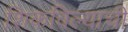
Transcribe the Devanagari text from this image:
शिकविल्याची